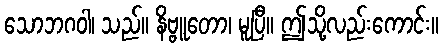
သောဘဂဝါ၊ သည်။ နိဗ္ဗူတော၊ မူပြီ။ ဤသို့လည်းကောင်း။